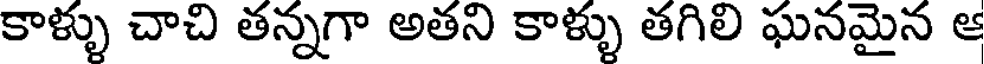
కాళ్ళు చాచి తన్నగా అతని కాళ్ళు తగిలి ఘనమైన ఆ